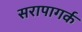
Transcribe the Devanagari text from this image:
सरापागर्क